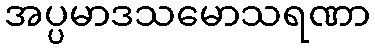
အပ္ပမာဒသမောသရဏာ